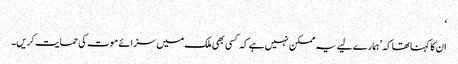
‘
ان کا کہنا تھا کہ ’ہمارے لیے یہ ممکن نہیں ہے کہ کسی بھی ملک میں سزائے موت کی حمایت کریں۔